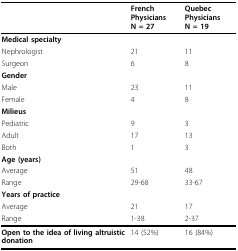
<table><thead><tr><td></td><td><b>French PhysiciansN = 27</b></td><td><b>Quebec PhysiciansN = 19</b></td></tr></thead><tbody><tr><td><b>Medical specialty</b></td><td></td><td></td></tr><tr><td>Nephrologist</td><td>21</td><td>11</td></tr><tr><td>Surgeon</td><td>6</td><td>8</td></tr><tr><td><b>Gender</b></td><td></td><td></td></tr><tr><td>Male</td><td>23</td><td>11</td></tr><tr><td>Female</td><td>4</td><td>8</td></tr><tr><td><b>Milieus</b></td><td></td><td></td></tr><tr><td>Pediatric</td><td>9</td><td>3</td></tr><tr><td>Adult</td><td>17</td><td>13</td></tr><tr><td>Both</td><td>1</td><td>3</td></tr><tr><td><b>Age (years)</b></td><td></td><td></td></tr><tr><td>Average</td><td>51</td><td>48</td></tr><tr><td>Range</td><td>29-68</td><td>33-67</td></tr><tr><td><b>Years of practice</b></td><td></td><td></td></tr><tr><td>Average</td><td>21</td><td>17</td></tr><tr><td>Range</td><td>1-38</td><td>2-37</td></tr><tr><td><b>Open to the idea of living altruistic donation</b></td><td>14 (52%)</td><td>16 (84%)</td></tr></tbody></table>